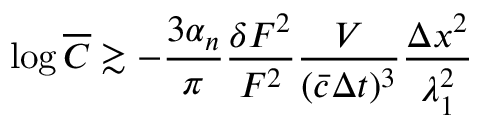
\log \overline { { C } } \gtrsim - \frac { 3 \alpha _ { n } } { \pi } \frac { \delta F ^ { 2 } } { F ^ { 2 } } \frac { V } { ( \bar { c } \Delta t ) ^ { 3 } } \frac { \Delta x ^ { 2 } } { \lambda _ { 1 } ^ { 2 } }